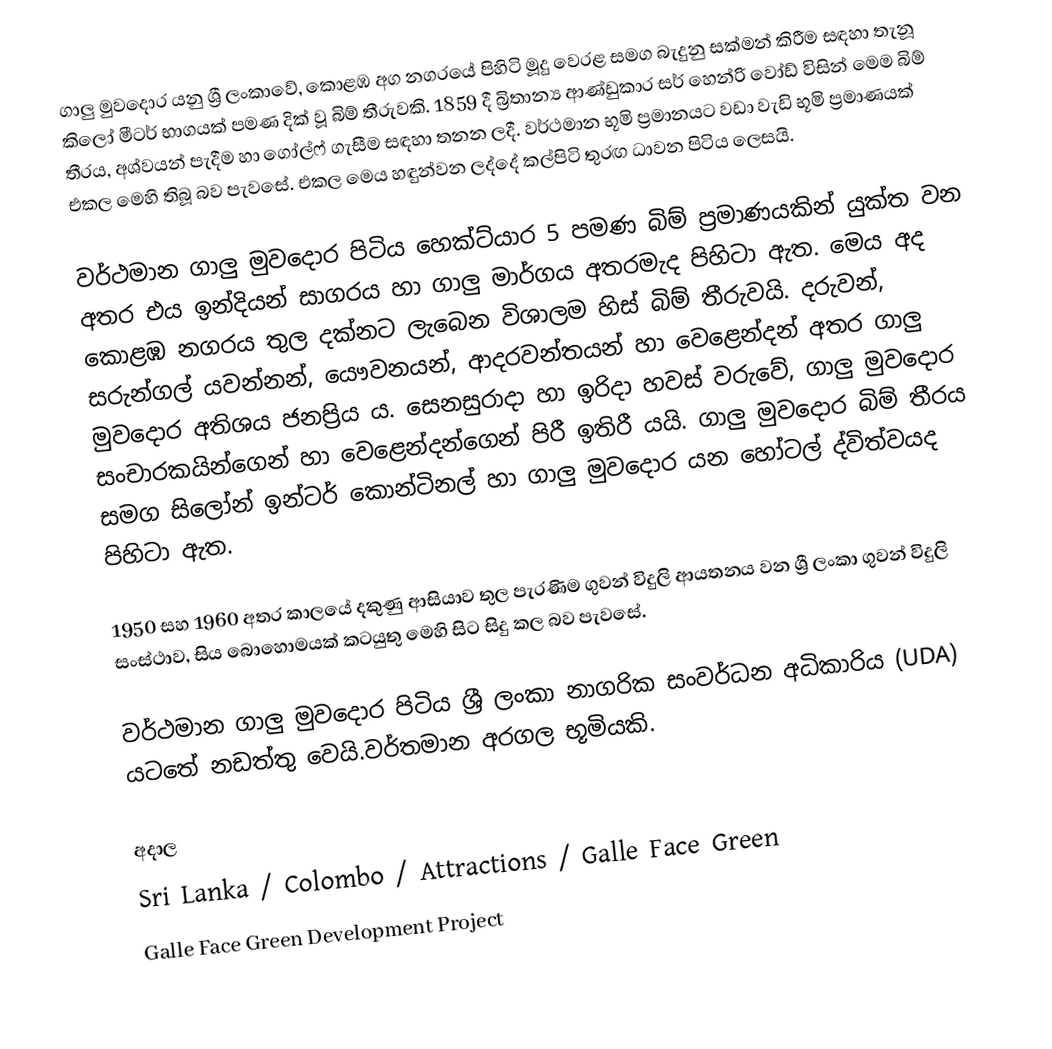
ගාලු මුවදොර යනු ශ්‍රී ලංකාවේ, කොළඹ අග නගරයේ පිහිටි මූදු වෙරළ සමග බැදුනු සක්මන් කිරීම සඳහා තැනූ කිලෝ මීටර් භාගයක් පමණ දික් වූ බිම් තීරුවකි. 1859 දී බ්‍රිතාන්‍ය ආණ්ඩුකාර සර් හෙන්රි වෝඩ් විසින් මෙම බිම් තීරය, අශ්වයන් පැදීම හා ගෝල්ෆ් ගැසීම සඳහා තනන ලදී. වර්ථමාන භූමි ප්‍රමානයට වඩා වැඩි භූමි ප්‍රමාණයක් එකල මෙහි තිබූ බව පැවසේ. එකල මෙය හඳුන්වන ලද්දේ  කල්පිටි තුරඟ ධාවන පිටිය ලෙසයි.

වර්ථමාන ගාලු මුවදොර පිටිය හෙක්ට්යාර 5 පමණ බිම් ප්‍රමාණයකින් යුක්ත වන අතර එය ඉන්දියන් සාගරය හා ගාලු මාර්ගය අතරමැද පිහිටා ඇත. මෙය අද කොළඹ නගරය තුල දක්නට ලැබෙන විශාලම හිස් බිම් තීරුවයි. දරුවන්, සරුන්ගල් යවන්නන්, යෞවනයන්, ආදරවන්තයන් හා වෙළෙන්දන් අතර ගාලු මුවදොර අතිශය ජනප්‍රිය ය. සෙනසුරාදා හා ඉරිදා හවස් වරුවේ, ගාලු මුවදොර සංචාරකයින්ගෙන් හා වෙළෙන්දන්ගෙන් පිරී ඉතිරී යයි. ගාලු මුවදොර බිම් තීරය සමග සිලෝන් ඉන්ටර් කොන්ටිනල් හා ගාලු මුවදොර යන හෝටල් ද්විත්වයද පිහිටා ඇත.

1950 සහ 1960 අතර කාලයේ දකුණු ආසියාව තුල පැරණිම ගුවන් විදුලි ආයතනය වන ශ්‍රී ලංකා ගුවන් විදුලි සංස්ථාව, සිය බොහොමයක් කටයුතු මෙහි සිට සිදු කල බව පැවසේ.

වර්ථමාන ගාලු මුවදොර පිටිය ශ්‍රී ලංකා නාගරික සංවර්ධන අධිකාරිය (UDA) යටතේ නඩත්තු වෙයි.වර්තමාන අරගල භූමියකි.

අදාල
Sri Lanka / Colombo / Attractions / Galle Face Green
 Galle Face Green Development Project